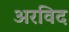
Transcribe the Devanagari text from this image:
अरविद